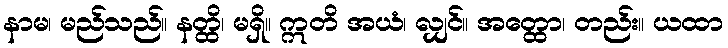
နာမ၊ မည်သည်။ နတ္ထိ၊ မရှိ။ ဣတိ အယံ၊ လျှင်။ အတ္ထော၊ တည်း။ ယထာ